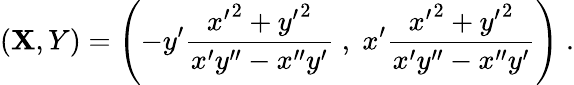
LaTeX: (\mathbf{X},Y)=\left(-y^{\prime}{\frac{{{x^{\prime}}^{2}+{y^{\prime}}^{2}}}{{x^{\prime}y^{\prime\prime}-x^{\prime\prime}y^{\prime}}}}\; ,\; x^{\prime}{\frac{{{x^{\prime}}^{2}+{y^{\prime}}^{2}}}{{x^{\prime}y^{\prime\prime}-x^{\prime\prime}y^{\prime}}}}\right)\; .